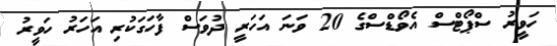
ހަވީރު ސްޕޯޓްސް އެވޯޑްސްގެ 20 ވަނަ އަހަރީ ދުވަސް ފާހަގަކުރި އަހަރު ހަވީރު